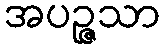
အပဉ္ဇသာ